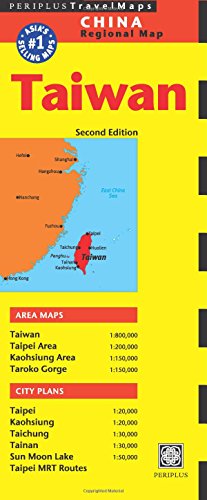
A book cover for Taiwan Travel Map Second Edition (China Regional Maps); Travel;